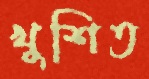
খুশিত